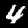
Label: 4